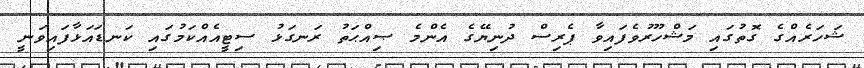
ޝަހަރެއްގެ ގޮތުގައި މަޝްހޫރުވެފައިވާ ޕެރިސް ދުނިޔޭގެ އެންމެ ޞިއްޙަތު ރަނގަޅު ސިޓީއެއްކަމުގައި ކަނޑައަޅާފައިވަނީ